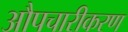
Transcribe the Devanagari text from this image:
औपचारीकरण